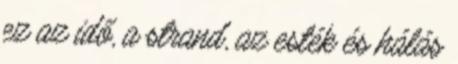
ez az idő, a strand, az esték és hálás